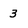
Character: 3